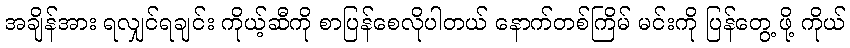
အချိန်အား ရလျှင်ရချင်း ကိုယ့်ဆီကို စာပြန်စေလိုပါတယ် နောက်တစ်ကြိမ် မင်းကို ပြန်တွေ့ ဖို့ ကိုယ်